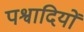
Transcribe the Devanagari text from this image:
पश्वादियों